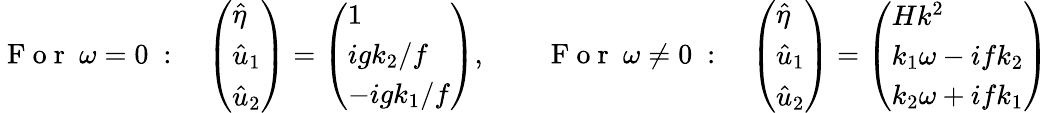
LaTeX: \mathrm{~F~o~r~}\ \omega=0\ :\quad\left(\begin{array}{l}{\hat{\eta}}\\ {\hat{u}_{1}}\\ {\hat{u}_{2}}\end{array}\right)=\left(\begin{array}{l}{1}\\ {igk_{2}/f}\\ {-igk_{1}/f}\end{array}\right),\qquad\mathrm{~F~o~r~}\ \omega\neq 0\ :\quad\left(\begin{array}{l}{\hat{\eta}}\\ {\hat{u}_{1}}\\ {\hat{u}_{2}}\end{array}\right)=\left(\begin{array}{l}{Hk^{2}}\\ {k_{1}\omega-ifk_{2}}\\ {k_{2}\omega+ifk_{1}}\end{array}\right)